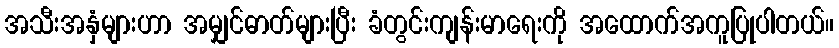
အသီးအနှံများဟာ အမျှင်ဓာတ်များပြီး ခံတွင်းကျန်းမာရေးကို အထောက်အကူပြုပါတယ်။